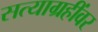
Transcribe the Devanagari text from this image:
सत्याग्रहींवर